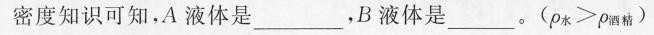
密度知识可知，A液体是___，B液体是___。(\beta_{水}>\beta_{酒精} )